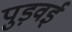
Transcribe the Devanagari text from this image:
पुड़वई